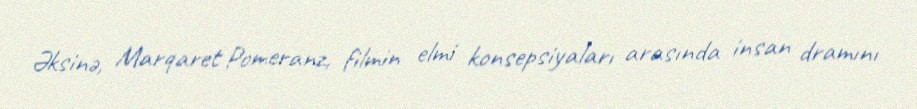
Əksinə, Marqaret Pomeranz, filmin elmi konsepsiyaları arasında insan dramını